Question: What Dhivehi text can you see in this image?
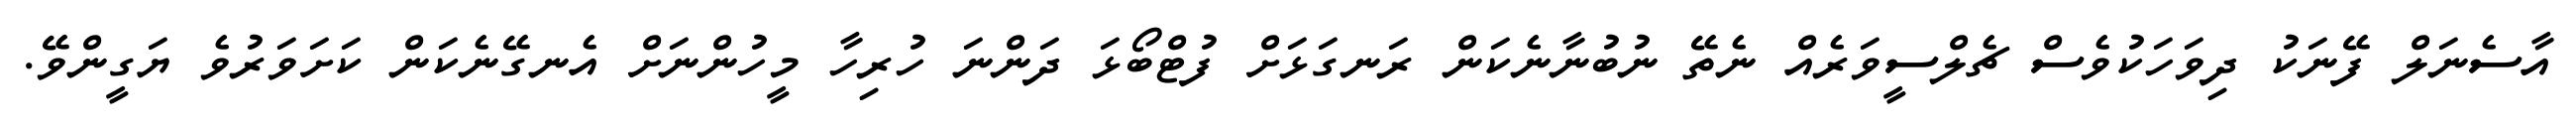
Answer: އާސެނަލް ފޭނަކު ދިވަހަކުވެސް ޗެލްސީވަރެއް ނެތޭ ނުބުނާނެކަން ރަނގަޅަށް ފުޓްބޯޅަ ދަންނަ ހުރިހާ މީހުންނަށް އެނގޭނެކަން ކަށަވަރުވެ ޔަގީންވޭ.